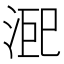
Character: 𭰨